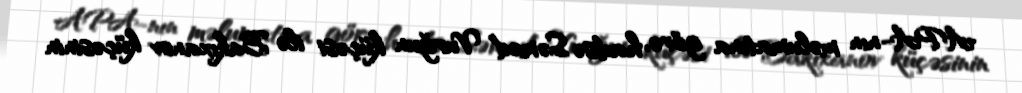
APA-nın məlumatına görə, hadisə Səməd Vurğun küçəsi ilə Bakıxanov küçəsinin